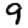
Digit: 9